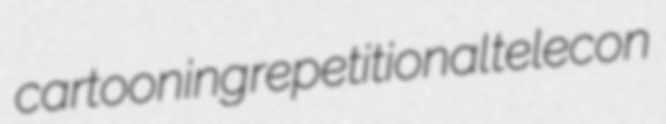
cartooning repetitional telecon